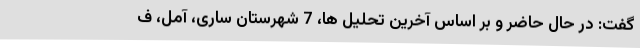
گفت: در حال حاضر و بر اساس آخرین تحلیل ها، 7 شهرستان ساری، آمل، ف